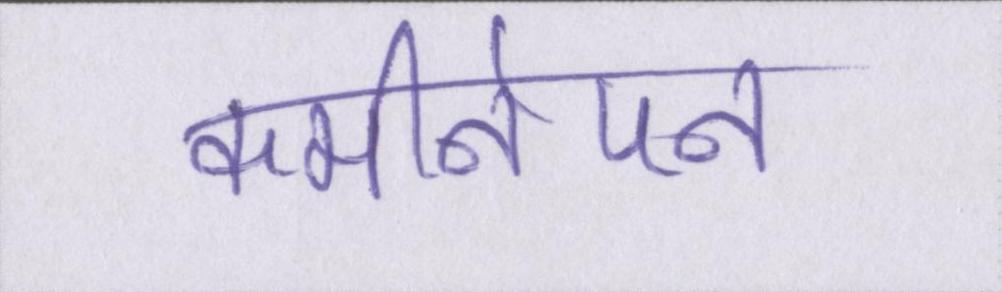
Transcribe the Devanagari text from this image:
कमीनेपन